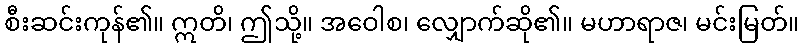
စီးဆင်းကုန်၏။ ဣတိ၊ ဤသို့။ အဝေါစ၊ လျှောက်ဆို၏။ မဟာရာဇ၊ မင်းမြတ်။